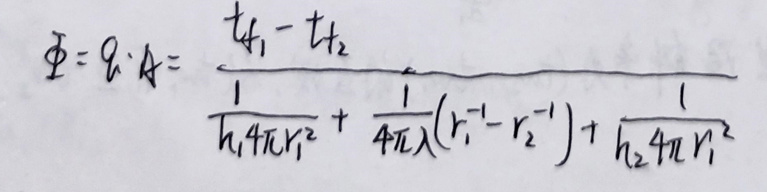
\[
\varPhi = q\cdot A=\frac{t_{f_1}-t_{f_2}}{\frac{1}{h_1 4\pi r_1^2}+\frac{1}{4\pi\lambda}(r_1^{-1}-r_2^{-1})+\frac{1}{h_2 4\pi r_1^2}}
\]